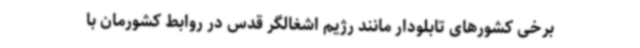
برخی کشورهای تابلودار مانند رژیم اشغالگر قدس در روابط کشورمان با